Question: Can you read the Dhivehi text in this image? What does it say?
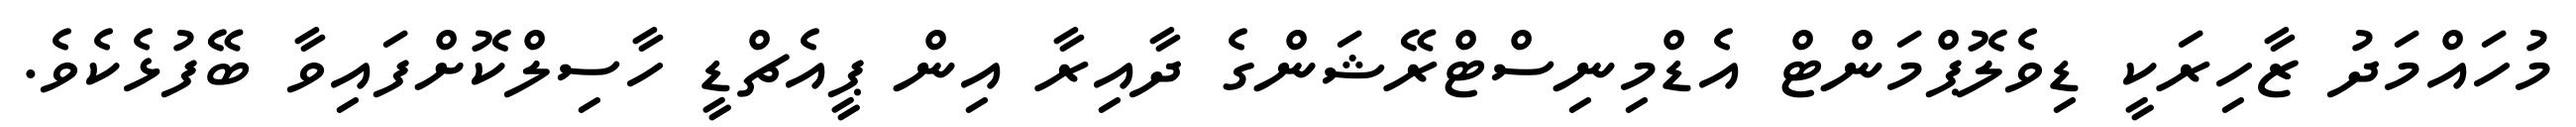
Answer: މުހައްމަދު ޒާހިރަކީ ޑިވެލޮޕްމަންޓް އެޑްމިނިސްޓްރޭޝަންގެ ދާއިރާ އިން ޕީއެޗްޑީ ހާސިލްކޮށްފައިވާ ބޭފުޅެކެވެ.